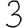
Digit: 3